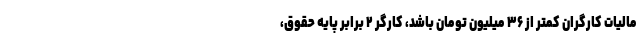
مالیات کارگران کمتر از ۳۶ میلیون تومان باشد، کارگر ۲ برابر پایه حقوق،